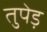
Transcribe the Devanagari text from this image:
तुपेड़